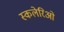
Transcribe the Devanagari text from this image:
स्कलेरिओ